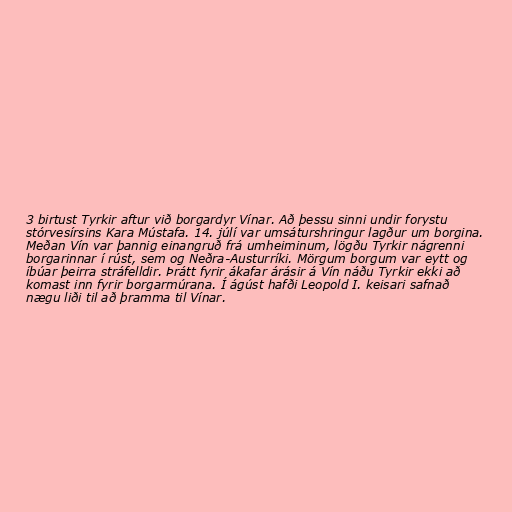
3 birtust Tyrkir aftur við borgardyr Vínar. Að þessu sinni undir forystu
stórvesírsins Kara Mústafa. 14. júlí var umsáturshringur lagður um borgina.
Meðan Vín var þannig einangruð frá umheiminum, lögðu Tyrkir nágrenni
borgarinnar í rúst, sem og Neðra-Austurríki. Mörgum borgum var eytt og
íbúar þeirra stráfelldir. Þrátt fyrir ákafar árásir á Vín náðu Tyrkir ekki að
komast inn fyrir borgarmúrana. Í ágúst hafði Leopold I. keisari safnað
nægu liði til að þramma til Vínar.